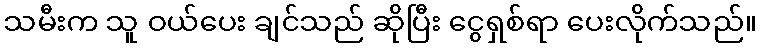
သမီးက သူ ဝယ်ပေး ချင်သည် ဆိုပြီး ငွေရှစ်ရာ ပေးလိုက်သည်။